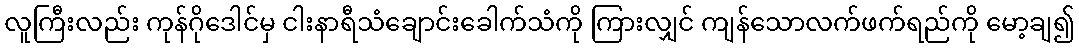
လူကြီးလည်း ကုန်ဂိုဒေါင်မှ ငါးနာရီသံချောင်းခေါက်သံကို ကြားလျှင် ကျန်သောလက်ဖက်ရည်ကို မော့ချ၍